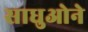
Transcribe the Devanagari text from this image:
साधुओने